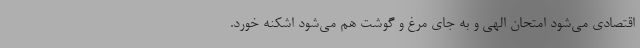
اقتصادی می‌شود امتحان الهی و به جای مرغ و گوشت هم می‌شود اشکنه خورد.